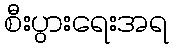
စီးပွားရေးအရ